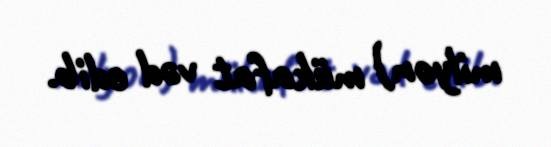
milyon) mükafat vəd edib.